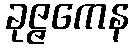
ခုဇ္ဇကေန